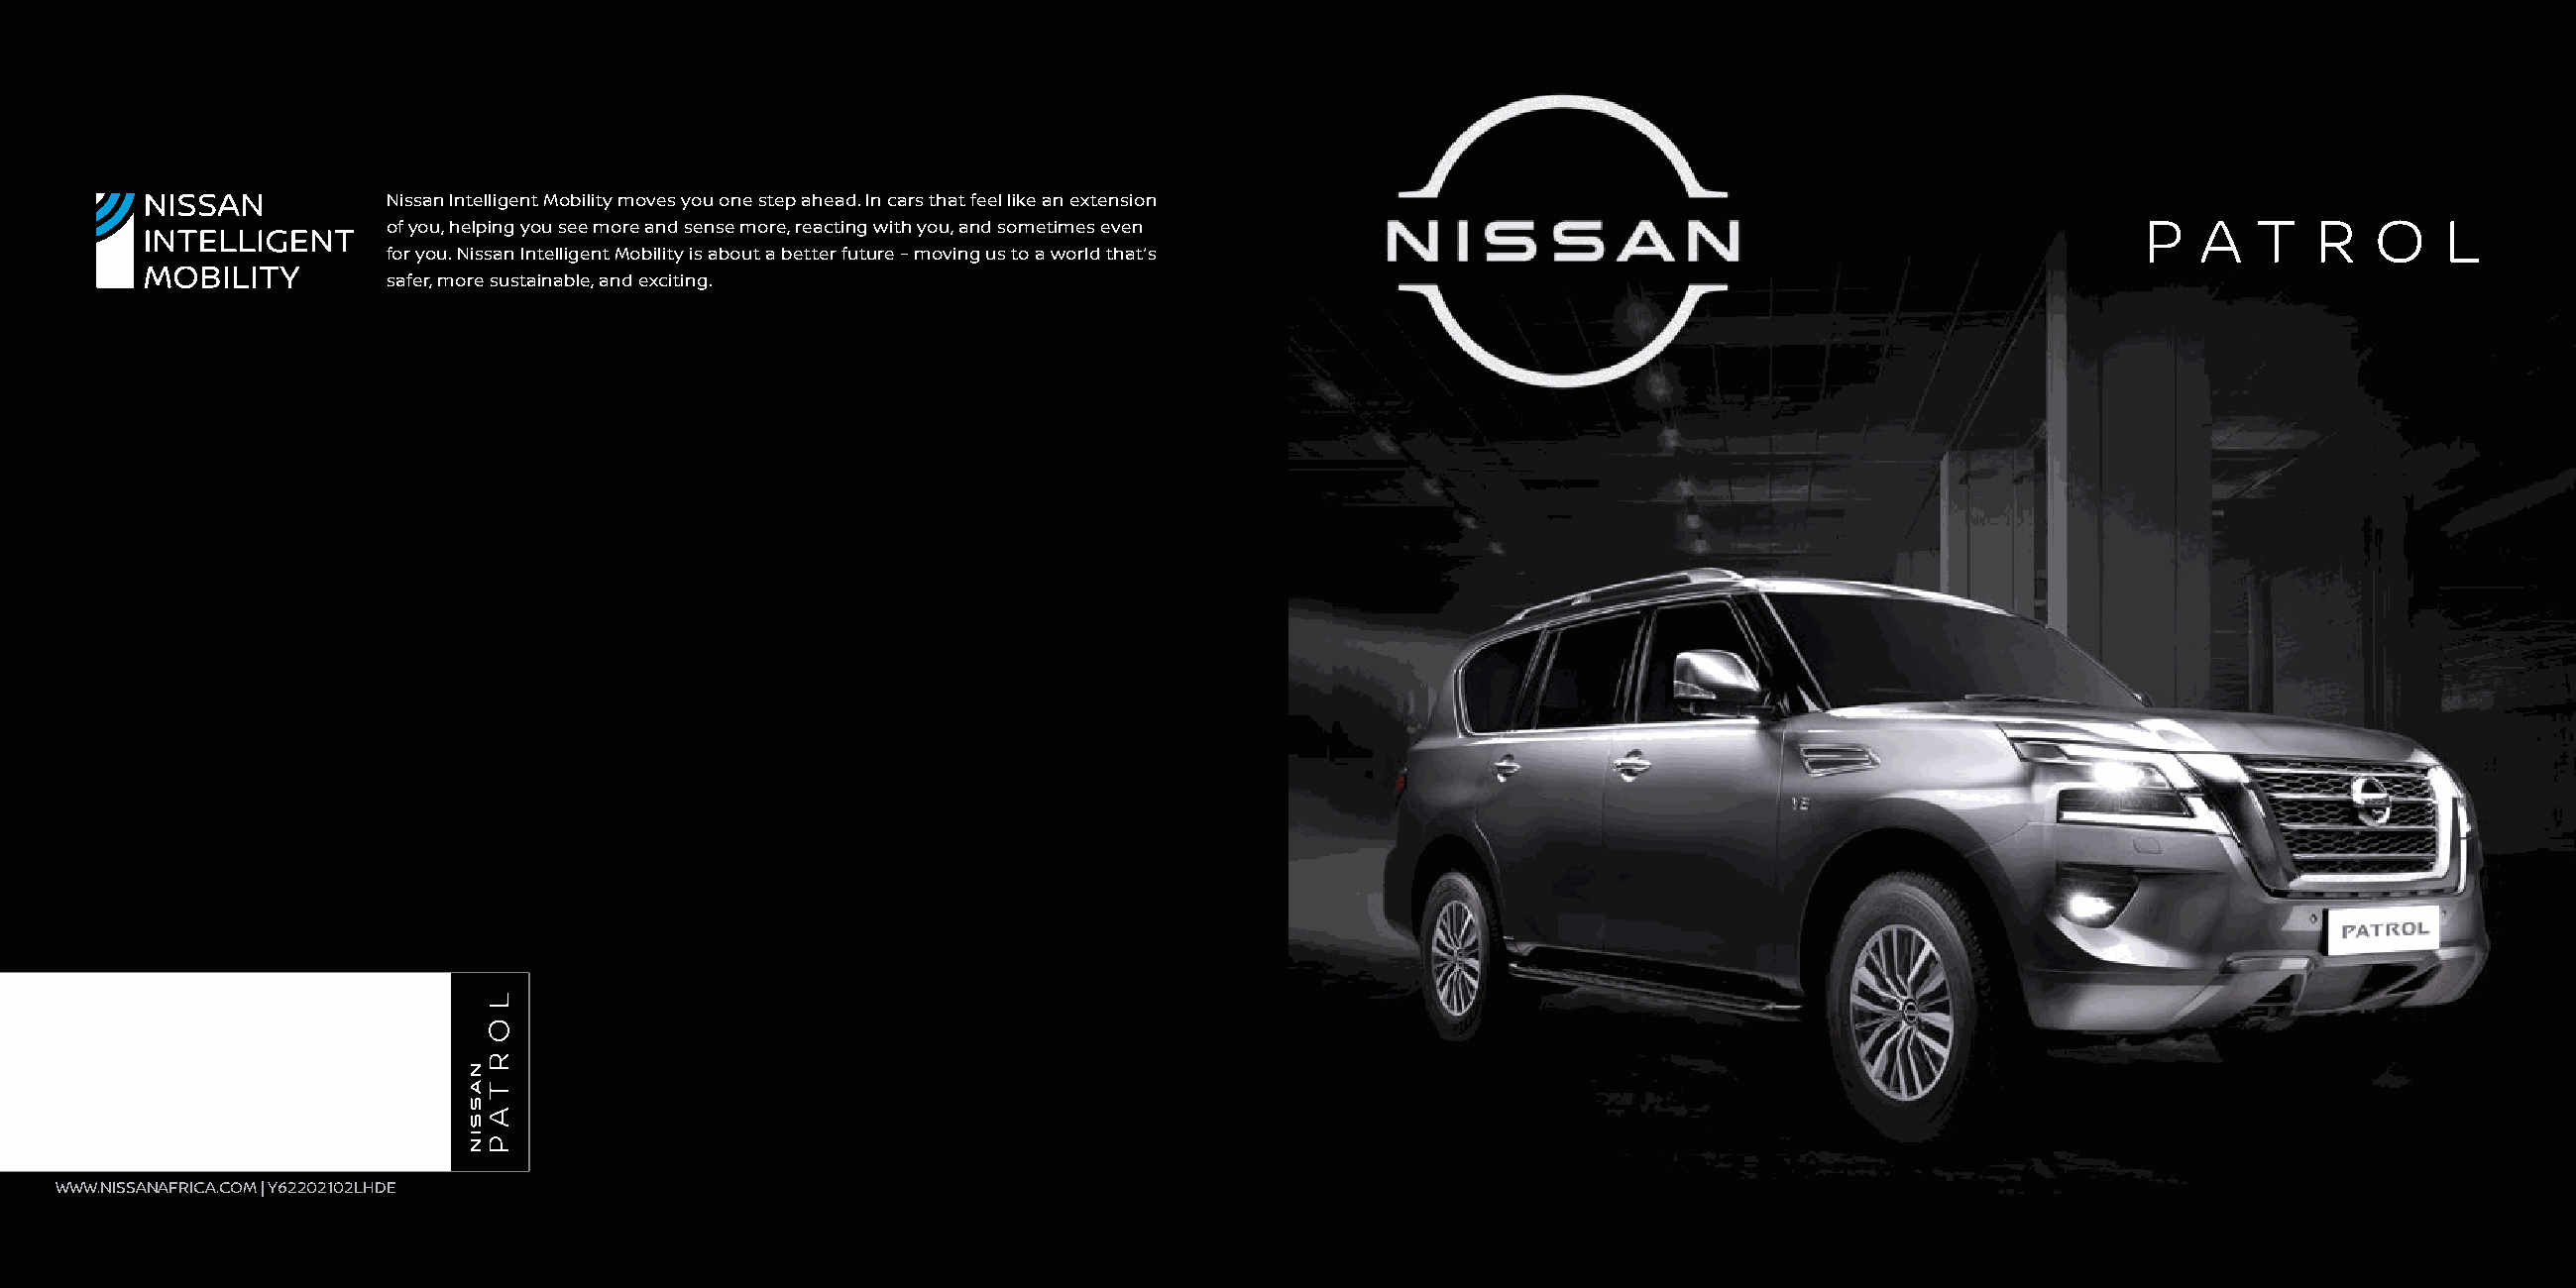
Nissan Intelligent Mobility moves you one step ahead. In cars that feel like an extension
 of you, helping you see more and sense more, reacting with you, and sometimes even                                   P   A   T   R   O   L
 for you. Nissan Intelligent Mobility is about a better future – moving us to a world that’s
 safer, more sustainable, and exciting.
 WWW.NISSANAFRICA.COM | Y62202102LHDE